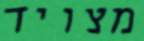
מצויד